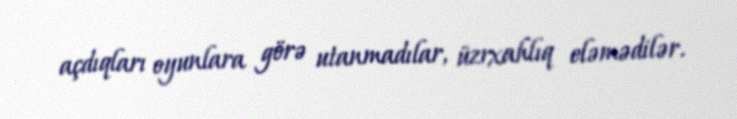
açdıqları oyunlara görə utanmadılar, üzrxahlıq eləmədilər.